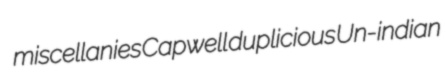
miscellanies Capwell duplicious Un-indian